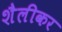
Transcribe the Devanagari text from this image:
शैलीकर